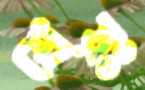
শ্রেয়ঃ